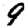
Digit: 9